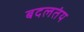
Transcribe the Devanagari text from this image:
बदलतंय